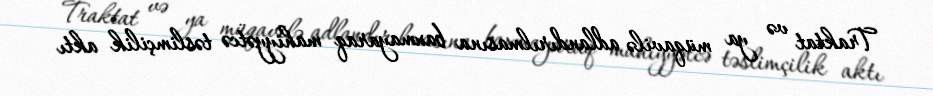
Traktat və ya müqavilə adlandırılmasına baxmayaraq mahiyyətcə təslimçilik aktı